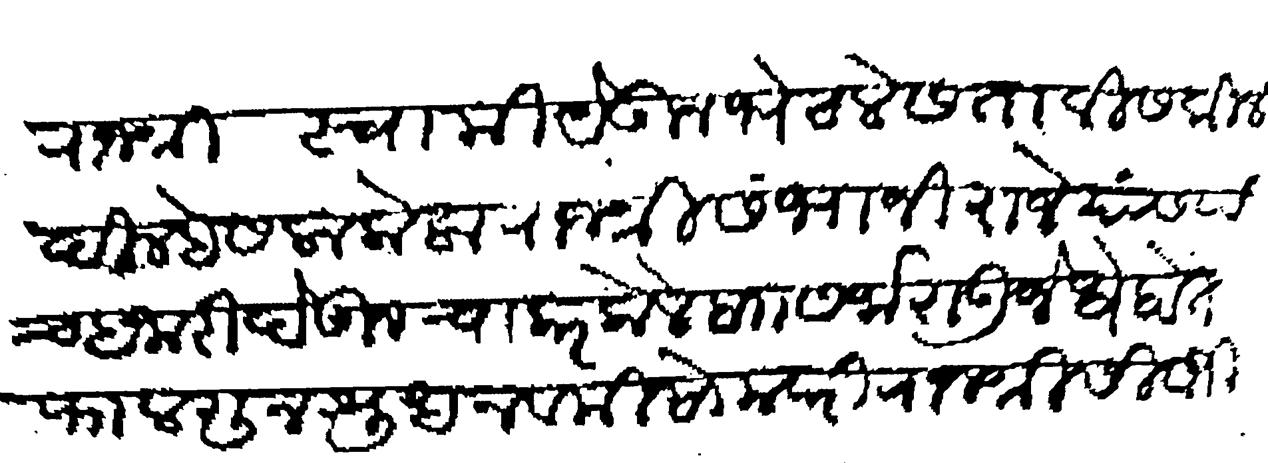
Transliteration (Devanagari): राजश्री स्वामी येऊन भेटले सतावीस किले दिल्हे सला केला राजश्री संभाजी राजे यांस पंच हजारी देऊन चाकर केले बाा सर्जाराऊ जेधे होते फालगुन शुध नवमी सोमवारी राजश्री सिवाजी